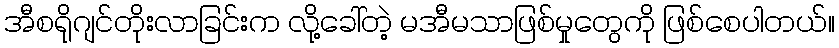
အီစရိုဂျင်တိုးလာခြင်းက လို့ခေါ်တဲ့ မအီမသာဖြစ်မှုတွေကို ဖြစ်စေပါတယ်။